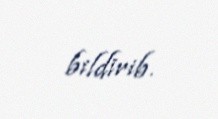
bildirib.